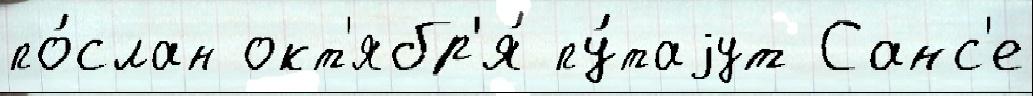
по́слан окт'ябр'я́ пу́таjут Санс'е